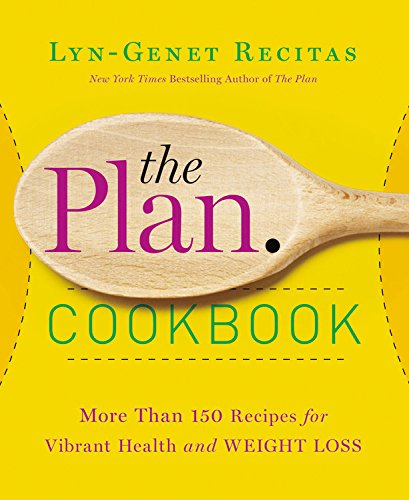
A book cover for The Plan Cookbook: More Than 150 Recipes for Vibrant Health and Weight Loss; Lyn-Genet Recitas; Cookbooks, Food & Wine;